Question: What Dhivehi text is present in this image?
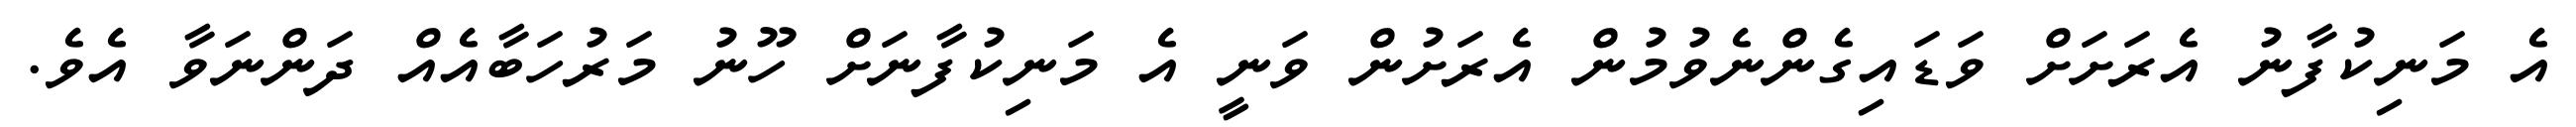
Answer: އެ މަނިކުފާނު އެރަށަށް ވަޑައިގެންނެވުމުން އެރަށުން ވަނީ އެ މަނިކުފާނަށް ހޫނު މަރުހަބާއެއް ދަންނަވާ އެވެ.